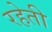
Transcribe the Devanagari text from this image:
रहेती